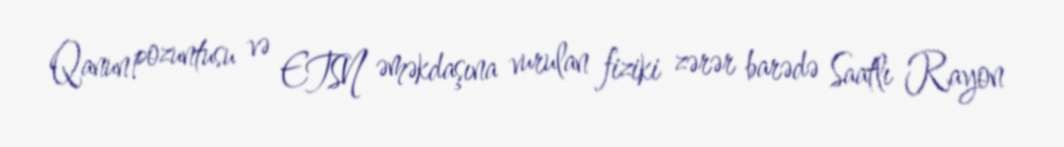
Qanun pozuntusu və ETSN əməkdaşına vurulan fiziki zərər barədə Saatlı Rayon